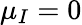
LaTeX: {\mu_{I}=0}